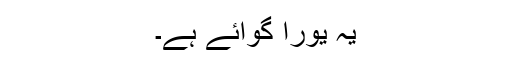
یہ یورا گوائے ہے۔